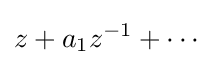
z+a_{1}z^{-1}+\cdots